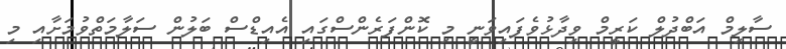
ސާލިމް އަބްދުލް ކަރީމް ވިދާޅުވެފައިވަނީ މި ކޮންފަރެންސްގައި އެއިޑްސް ބަލުން ސަލާމަތްވުމަށާއި މި